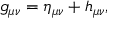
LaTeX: g _ { \mu \nu } = \eta _ { \mu \nu } + h _ { \mu \nu } ,